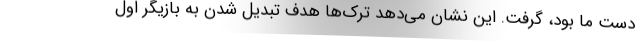
دست ما بود، گرفت. این نشان می‌دهد ترک‌ها هدف تبدیل شدن به بازیگر اول